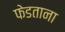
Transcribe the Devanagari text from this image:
फेडताना